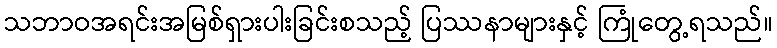
သဘာဝအရင်းအမြစ်ရှားပါးခြင်းစသည့် ပြဿနာများနှင့် ကြုံတွေ့ရသည်။